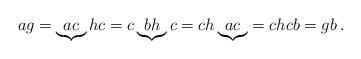
LaTeX: \begin{align*}ag = \underbrace{ac}hc = c\underbrace{bh}c = ch\underbrace{ac} = chcb = gb\,.\end{align*}